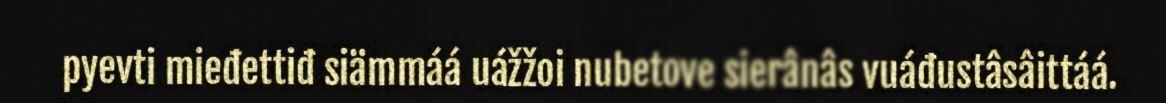
pyevti mieđettiđ siämmáá uážžoi nubetove sierânâs vuáđustâsâittáá.